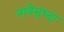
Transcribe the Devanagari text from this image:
नावेसुध्दा